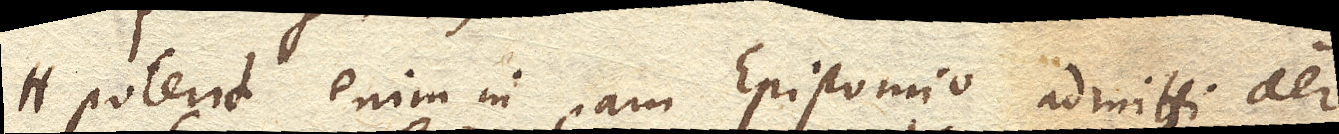
Poterit enim in eam Epistomio admitti aer